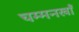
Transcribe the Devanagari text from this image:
चम्मनखाँ